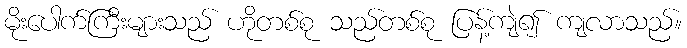
မိုးပေါက်ကြီးများသည် ဟိုတစ်စု သည်တစ်စု ပြန့်ကျဲ၍ ကျလာသည်။